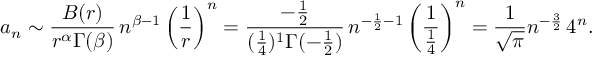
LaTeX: a _ { n } \sim { \frac { B ( r ) } { r ^ { \alpha } \Gamma ( \beta ) } } \, n ^ { \beta - 1 } \left( { \frac { 1 } { r } } \right) ^ { n } = { \frac { - { \frac { 1 } { 2 } } } { ( { \frac { 1 } { 4 } } ) ^ { 1 } \Gamma ( - { \frac { 1 } { 2 } } ) } } \, n ^ { - { \frac { 1 } { 2 } } - 1 } \left( { \frac { 1 } { \frac { 1 } { 4 } } } \right) ^ { n } = { \frac { 1 } { \sqrt { \pi } } } n ^ { - { \frac { 3 } { 2 } } } \, 4 ^ { n } .